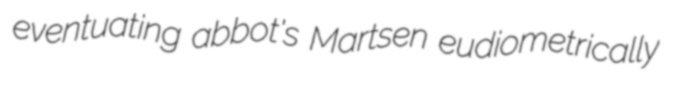
eventuating abbot's Martsen eudiometrically